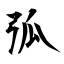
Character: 弧